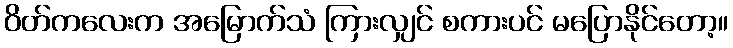
ဝိတ်ကလေးက အမြောက်သံ ကြားလျှင် စကားပင် မပြောနိုင်တော့။